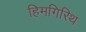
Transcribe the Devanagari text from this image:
हिमगिरिथ